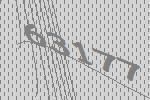
63177